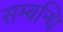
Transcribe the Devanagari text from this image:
सम्‍बन्‍धि